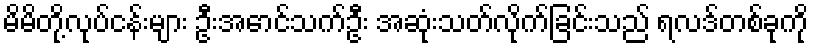
မိမိတို့လုပ်ငန်းများ ဦးအောင်သက်ဦး အဆုံးသတ်လိုက်ခြင်းသည် ရလဒ်တစ်ခုကို